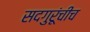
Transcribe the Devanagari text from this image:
सदगुरूंचीच